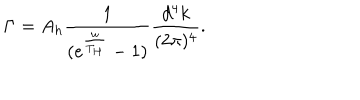
\Gamma = A _ { h } \frac { 1 } { ( e ^ { \frac { \omega } { T _ { H } } } - 1 ) } \frac { d ^ { 4 } k } { ( 2 \pi ) ^ { 4 } } .